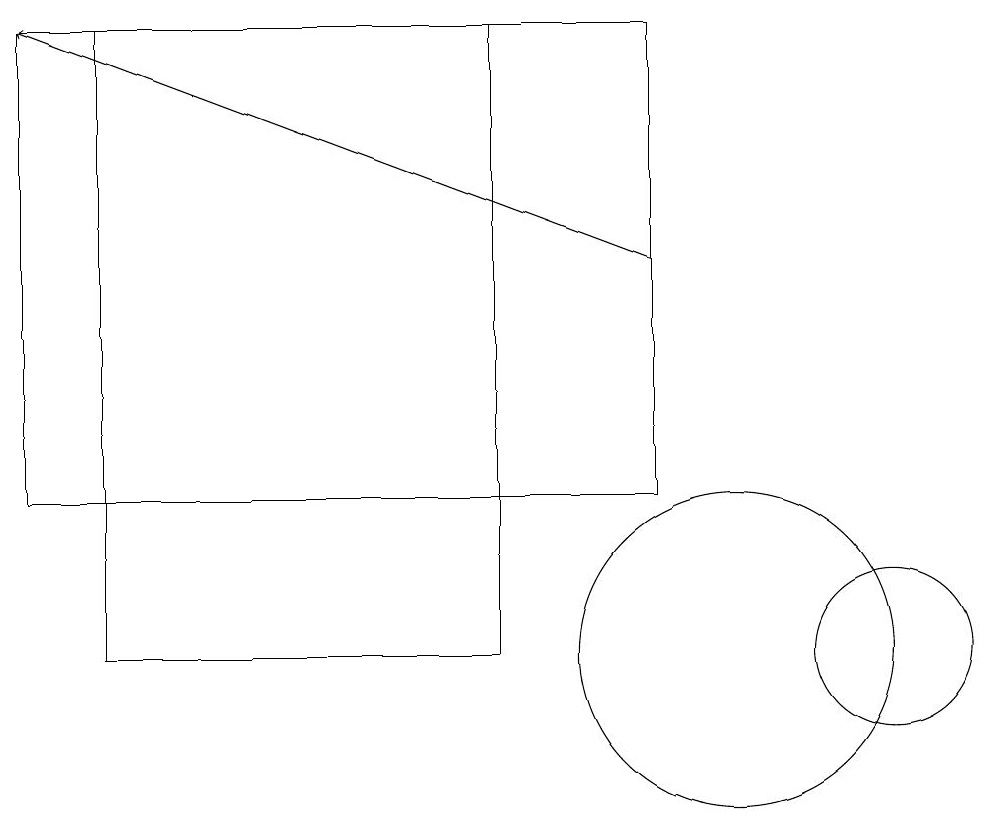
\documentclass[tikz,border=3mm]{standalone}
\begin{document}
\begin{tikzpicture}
\draw (2,10) rectangle (7,18);
\draw[->] (9,15) -- (1,18);
\draw (1,18) rectangle (9,12);
\draw (10,10) circle (2);
\draw (12,10) circle (1);
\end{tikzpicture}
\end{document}